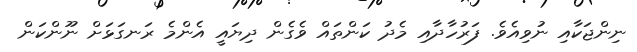
ނިންޖަކާއި ނުވިއެވެ. ފަރުހާދާއި މެދު ކަންތައް ވެގެން ދިޔައީ އެންމެ ރަނގަޅަށް ނޫންކަން